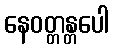
နေဝတ္တန္တပေါ